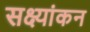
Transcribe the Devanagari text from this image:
सक्ष्यांकन